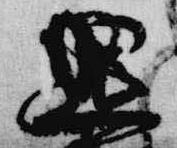
退